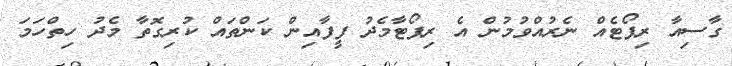
ގާސިއާ ރިޕޯޓެއް ނެރުއްވުމުން އެ ރިޕޯޓާމެދު ފީފާއިން ކަންތައް ކުރިގޮތާ މެދު ހިތްހަމަ